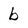
Character: b